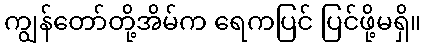
ကျွန်တော်တို့အိမ်က ရေကပြင် ပြင်ဖို့မရှိ။